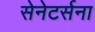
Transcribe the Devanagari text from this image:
सेनेटर्सना